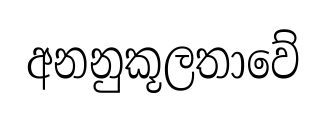
අනනුකූලතාවේ